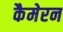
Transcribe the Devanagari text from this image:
कैमेरन